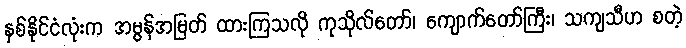
နှစ်နိုင်ငံလုံးက အမွန်အမြတ် ထားကြသလို ကုသိုလ်တော်၊ ကျောက်တော်ကြီး၊ သကျသီဟ စတဲ့